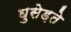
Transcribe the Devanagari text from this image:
घुसेड़ते